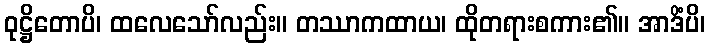
ဝုဋ္ဌိတောပိ၊ ထလေသော်လည်း။ တဿာကထာယ၊ ထိုတရားစကား၏။ အာဒိံပိ၊